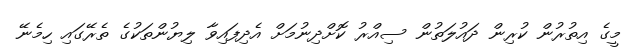
މީގެ އިތުރުން ކުރިން ދައުލަތުން ސިއްރު ކޮށްދިނުމަށް އެދިފައިވާ ލިޔުންތަކުގެ ތެރޭގައި ހިމެނޭ